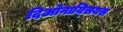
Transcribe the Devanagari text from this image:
दिओनाय्सियस